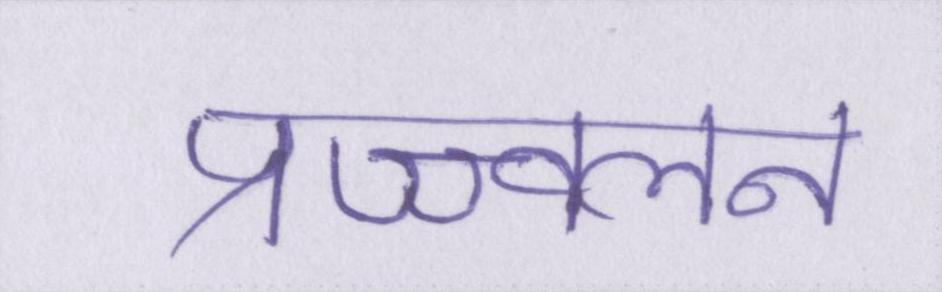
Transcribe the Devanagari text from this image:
प्रज्ज्वलन